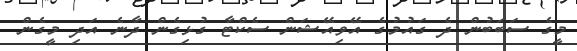
މީގެ ސަބަބުން ދެ ގައުމުގެ އޭވިއޭޝަން ސެކްޓާ ގުޅިގެން ދާނެ އަދި މީގެން